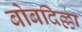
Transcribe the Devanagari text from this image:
बोबदिल्ला